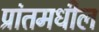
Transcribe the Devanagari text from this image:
प्रांतमधील